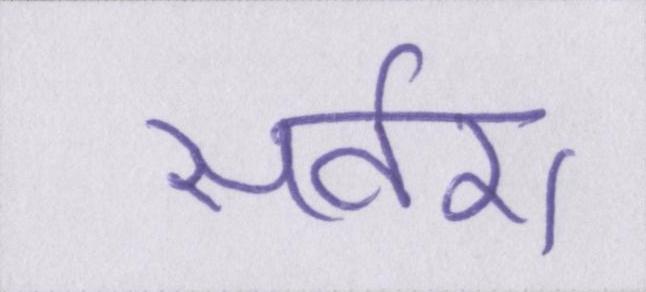
सवेरा